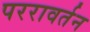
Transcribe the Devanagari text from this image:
पररावर्तन